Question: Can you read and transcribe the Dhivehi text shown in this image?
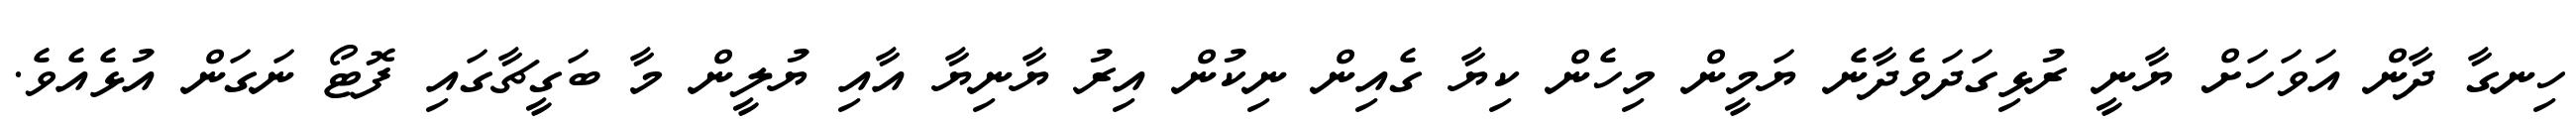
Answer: ހިނގާ ދާން އަވަހަށް ޔާނީ ރުޅިގަދަވެދާނެ ޔަމީން މިހެން ކިޔާ ގެއިން ނިކުން އިރު ޔާނިޔާ އާއި ޔުލީން މާ ބަގީޗާގައި ފޮޓޯ ނަގަން އުޅެއެވެ.